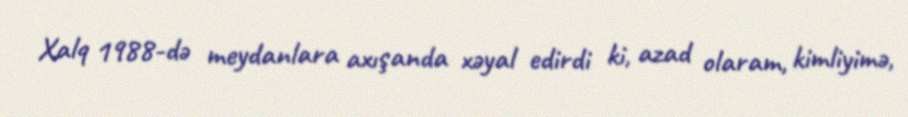
Xalq 1988-də meydanlara axışanda xəyal edirdi ki, azad olaram, kimliyimə,